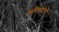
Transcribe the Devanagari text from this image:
अघिकारियों